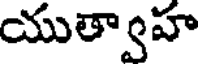
యుత్వాహ